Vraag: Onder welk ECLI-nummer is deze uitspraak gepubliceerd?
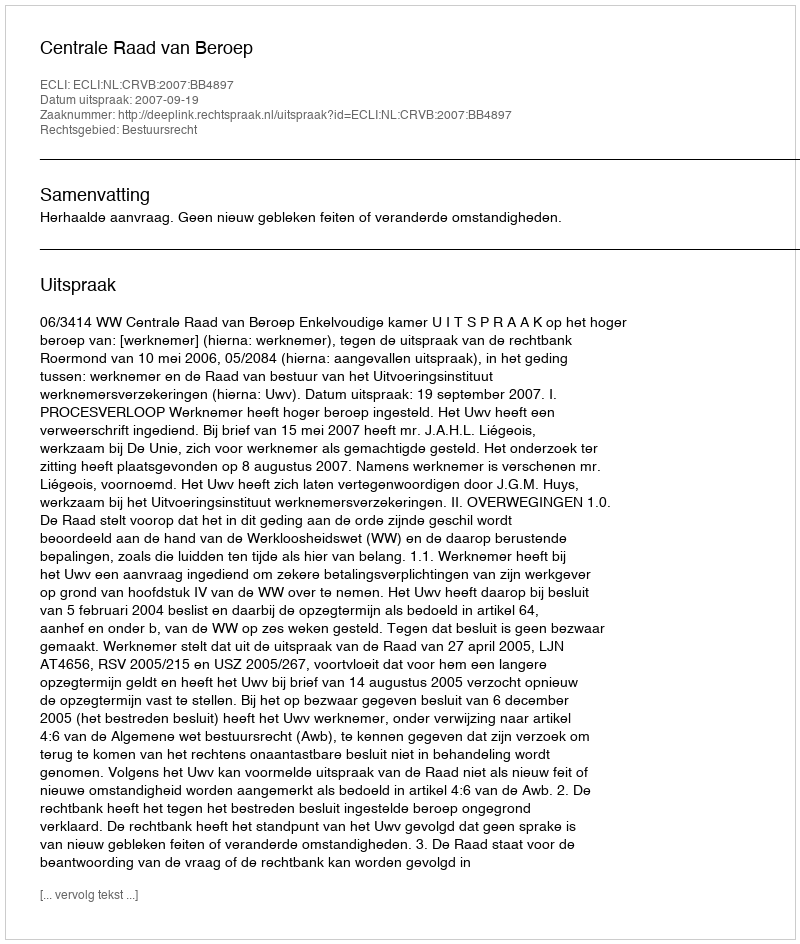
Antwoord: ECLI:NL:CRVB:2007:BB4897